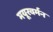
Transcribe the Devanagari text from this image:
मयूरवर्मन